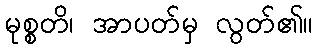
မုစ္စတိ၊ အာပတ်မှ လွတ်၏။